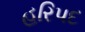
હરિપદ